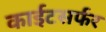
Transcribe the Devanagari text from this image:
काईटसर्फर